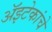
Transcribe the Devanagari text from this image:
अॅझ्टेकांचे